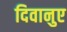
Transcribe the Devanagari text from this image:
दिवानुए